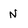
Character: N